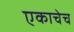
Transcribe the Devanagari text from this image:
एकाचेच